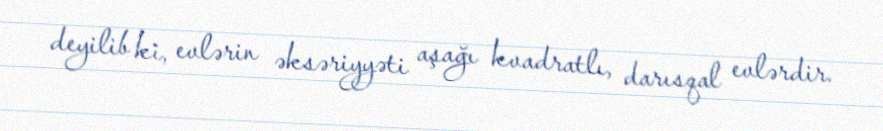
deyilib ki, evlərin əksəriyyəti aşağı kvadratlı, darısqal evlərdir.